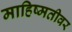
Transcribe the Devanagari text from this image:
माहिष्मतीवर